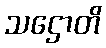
သဌောတိ